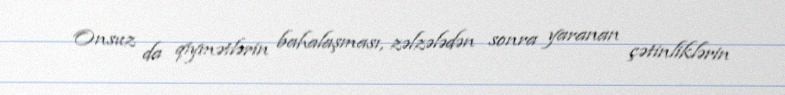
Onsuz da qiymətlərin bahalaşması, zəlzələdən sonra yaranan çətinliklərin